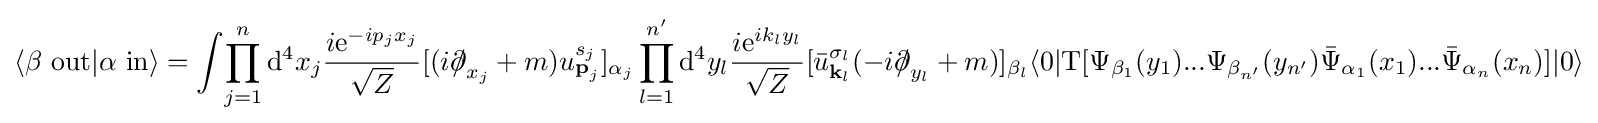
\langle \beta \ \mathrm {out} |\alpha \ \mathrm {in} \rangle =\int \!\prod _{j=1}^{n}\mathrm {d} ^{4}x_{j}{\frac {i\mathrm {e} ^{-ip_{j}x_{j}}}{\sqrt {Z}}}[(i{\partial \!\!\!/}_{x_{j}}+m)u_{{\textbf {p}}_{j}}^{s_{j}}]_{\alpha _{j}}\prod _{l=1}^{n'}\mathrm {d} ^{4}y_{l}{\frac {i\mathrm {e} ^{ik_{l}y_{l}}}{\sqrt {Z}}}[{\bar {u}}_{{\textbf {k}}_{l}}^{\sigma _{l}}(-i{\partial \!\!\!/}_{y_{l}}+m)]_{\beta _{l}}\langle 0|\mathrm {T} [\Psi _{\beta _{1}}(y_{1})...\Psi _{\beta _{n'}}(y_{n'}){\bar {\Psi }}_{\alpha _{1}}(x_{1})...{\bar {\Psi }}_{\alpha _{n}}(x_{n})]|0\rangle